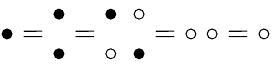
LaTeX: \bullet={\begin{array}{l}{\bullet}\\ {\bullet}\end{array}}={\begin{array}{l}{\bullet\ \ \circ}\\ {\circ\ \ \bullet}\end{array}}=\circ\ \circ=\circ